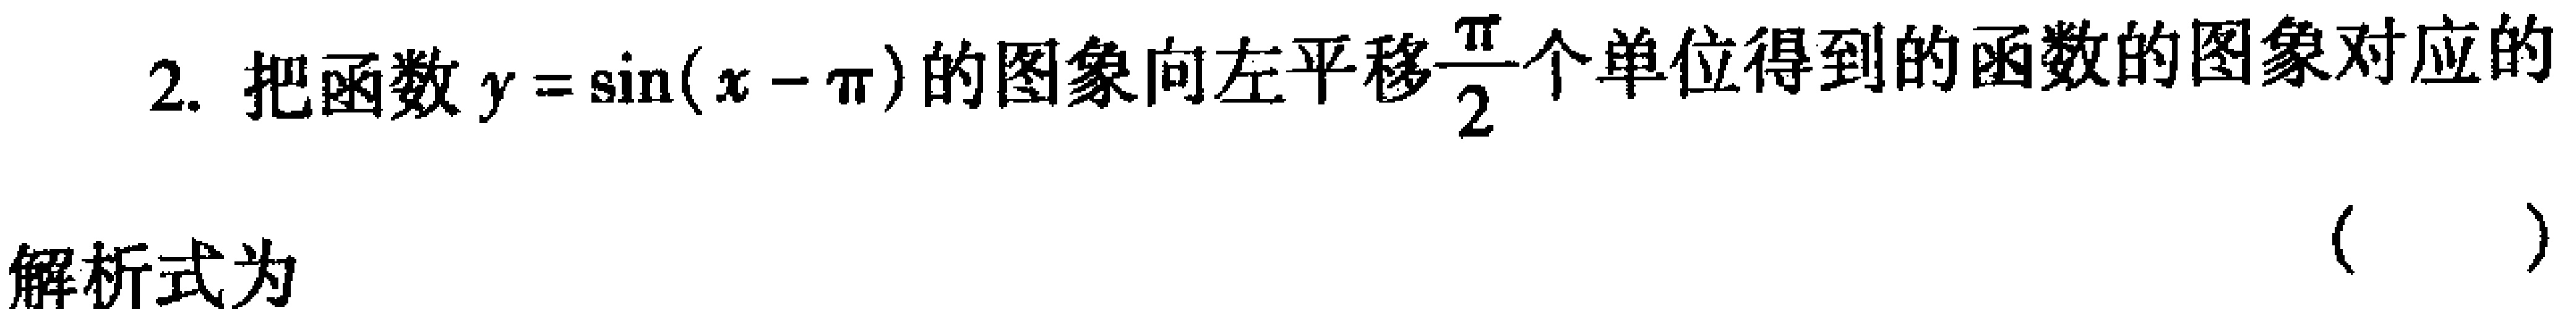
2. 把函数\(y = \sin(x - \pi)\)的图象向左平移\(\frac{\pi}{2}\)个单位得到的函数的图象对应的
（  ）
解析式为